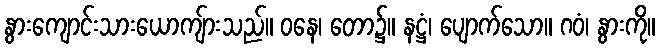
နွားကျောင်းသားယောကျ်ားသည်။ ဝနေ၊ တော၌။ နဋ္ဌံ၊ ပျောက်သော။ ဂဝံ၊ နွားကို။